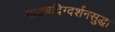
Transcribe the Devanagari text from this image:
नाट्यदिग्दर्शनसुद्धा